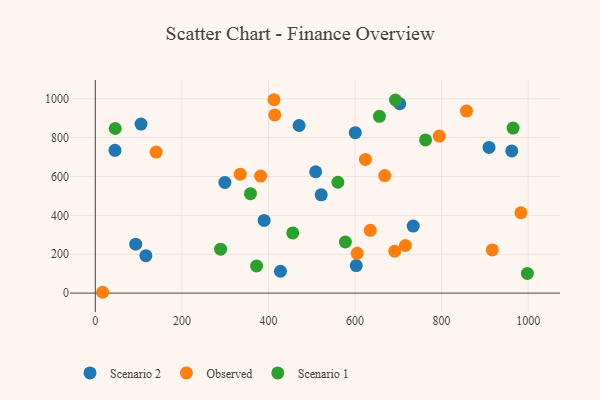
{"axis": {"x": "Ad Spend", "y": "Rating"}, "legend": ["Observed", "Scenario 1", "Scenario 2"], "data": [{"x": "105.6", "y": 869.6, "type": "Scenario 2"}, {"x": "390.0", "y": 373.8, "type": "Scenario 2"}, {"x": "299.3", "y": 569.6, "type": "Scenario 2"}, {"x": "602.8", "y": 141.8, "type": "Scenario 2"}, {"x": "600.5", "y": 825.6, "type": "Scenario 2"}, {"x": "521.8", "y": 505.9, "type": "Scenario 2"}, {"x": "45.4", "y": 734.5, "type": "Scenario 2"}, {"x": "509.0", "y": 624.5, "type": "Scenario 2"}, {"x": "116.8", "y": 192.8, "type": "Scenario 2"}, {"x": "93.3", "y": 251.8, "type": "Scenario 2"}, {"x": "703.3", "y": 974.5, "type": "Scenario 2"}, {"x": "470.8", "y": 862.4, "type": "Scenario 2"}, {"x": "962.0", "y": 731.4, "type": "Scenario 2"}, {"x": "909.5", "y": 749.8, "type": "Scenario 2"}, {"x": "734.3", "y": 345.0, "type": "Scenario 2"}, {"x": "427.6", "y": 112.6, "type": "Scenario 2"}, {"x": "691.7", "y": 215.9, "type": "Observed"}, {"x": "412.7", "y": 995.1, "type": "Observed"}, {"x": "794.4", "y": 808.2, "type": "Observed"}, {"x": "604.9", "y": 204.6, "type": "Observed"}, {"x": "16.9", "y": 4.3, "type": "Observed"}, {"x": "381.9", "y": 602.0, "type": "Observed"}, {"x": "624.0", "y": 687.9, "type": "Observed"}, {"x": "414.5", "y": 916.7, "type": "Observed"}, {"x": "983.2", "y": 413.5, "type": "Observed"}, {"x": "716.3", "y": 245.1, "type": "Observed"}, {"x": "140.4", "y": 725.8, "type": "Observed"}, {"x": "635.1", "y": 323.3, "type": "Observed"}, {"x": "857.4", "y": 936.5, "type": "Observed"}, {"x": "334.8", "y": 611.8, "type": "Observed"}, {"x": "917.0", "y": 222.1, "type": "Observed"}, {"x": "668.5", "y": 604.6, "type": "Observed"}, {"x": "762.9", "y": 788.1, "type": "Scenario 1"}, {"x": "358.4", "y": 511.5, "type": "Scenario 1"}, {"x": "560.3", "y": 570.5, "type": "Scenario 1"}, {"x": "965.1", "y": 849.1, "type": "Scenario 1"}, {"x": "577.6", "y": 263.1, "type": "Scenario 1"}, {"x": "372.5", "y": 139.4, "type": "Scenario 1"}, {"x": "693.4", "y": 993.6, "type": "Scenario 1"}, {"x": "289.4", "y": 226.0, "type": "Scenario 1"}, {"x": "46.0", "y": 847.0, "type": "Scenario 1"}, {"x": "998.1", "y": 101.2, "type": "Scenario 1"}, {"x": "456.1", "y": 309.8, "type": "Scenario 1"}, {"x": "656.3", "y": 909.6, "type": "Scenario 1"}]}